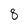
Character: 8